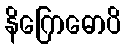
နိဂြောဓောပိ